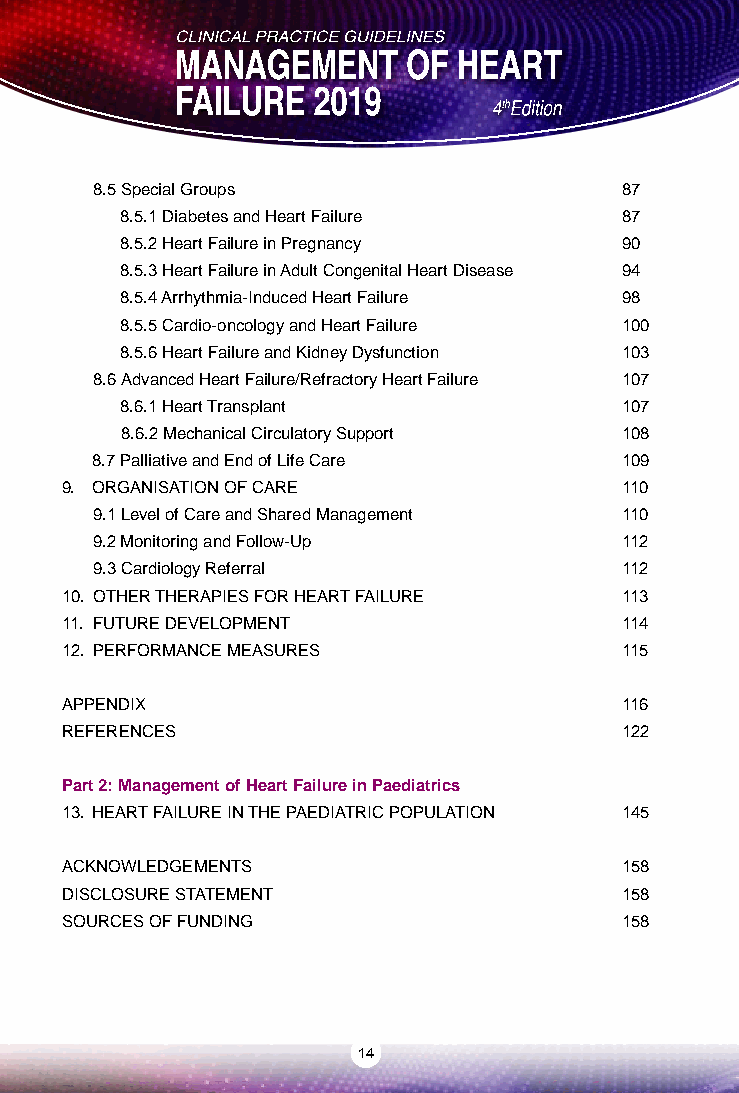
8.5 Special Groups                 87
 8.5.1 Diabetes and Heart Failure 87
 8.5.2 Heart Failure in Pregnancy 90
 8.5.3 Heart Failure in Adult Congenital Heart Disease 94
 8.5.4 Arrhythmia-Induced Heart Failure 98
 8.5.5 Cardio-oncology and Heart Failure 100
 8.5.6 Heart Failure and Kidney Dysfunction 103
 8.6 Advanced Heart Failure/Refractory Heart Failure 107
 8.6.1 Heart Transplant           107
 8.6.2 Mechanical Circulatory Support 108
 8.7 Palliative and End of Life Care 109
 9. ORGANISATION OF CARE              110
 9.1 Level of Care and Shared Management 110
 9.2 Monitoring and Follow-Up       112
 9.3 Cardiology Referral            112
 10. OTHER THERAPIES FOR HEART FAILURE 113
 11. FUTURE DEVELOPMENT               114
 12. PERFORMANCE MEASURES             115
 APPENDIX                             116
 REFERENCES                           122
 Part 2: Management of Heart Failure in Paediatrics
 13. HEART FAILURE IN THE PAEDIATRIC POPULATION 145
 ACKNOWLEDGEMENTS                     158
 DISCLOSURE STATEMENT                 158
 SOURCES OF FUNDING                   158
 14